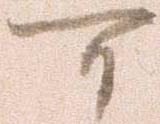
可